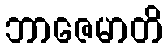
ဘာဇေမာတိ